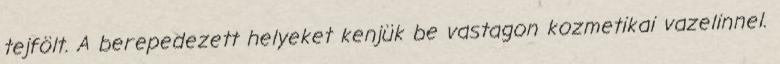
tejfölt. A berepedezett helyeket kenjük be vastagon kozmetikai vazelinnel.